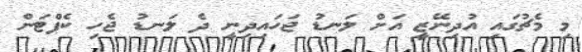
މި މެޗުގައި އުދިނޭޒީ އަށް ލަނޑު ޖަހައިދިނީ ދެ ލަނޑު ޖެހި ކެޕްޓަން